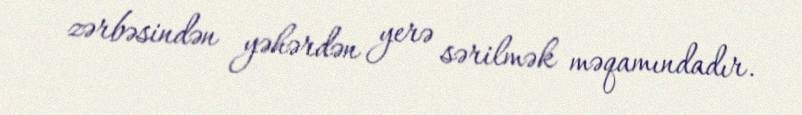
zərbəsindən yəhərdən yerə sərilmək məqamındadır.